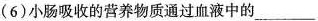
(6)小肠吸收的营养物质通过血液中的___